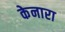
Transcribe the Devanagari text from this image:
केनारा